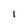
Character: I